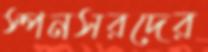
স্পনসরদের